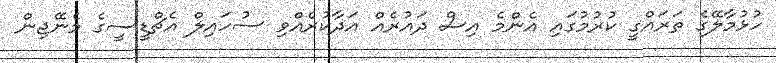
ހުޅުމާލޭގެ ތަރައްގީ ކުރުމުގައި އެންމެ އިސް ދައުރެއް އަދާކުރެއްވި ސުހައިލް އެޗްޑީސީގެ މެނޭޖިން